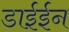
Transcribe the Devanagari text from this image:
डाईईन